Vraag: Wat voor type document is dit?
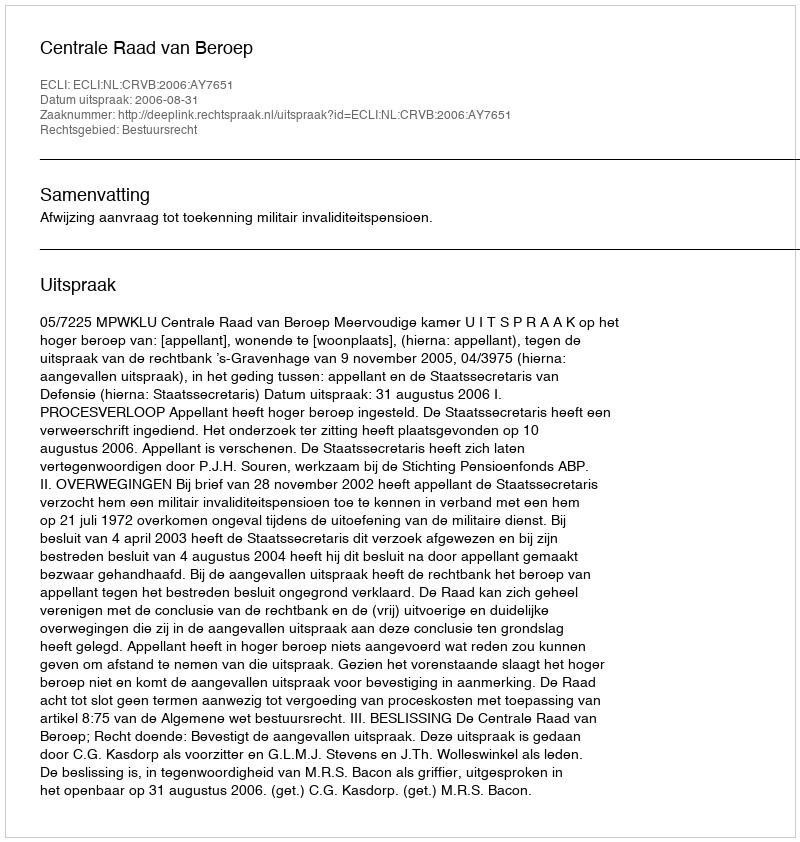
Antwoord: Uitspraak